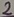
Text: 2